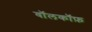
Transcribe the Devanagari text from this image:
वॉलकॉफ़